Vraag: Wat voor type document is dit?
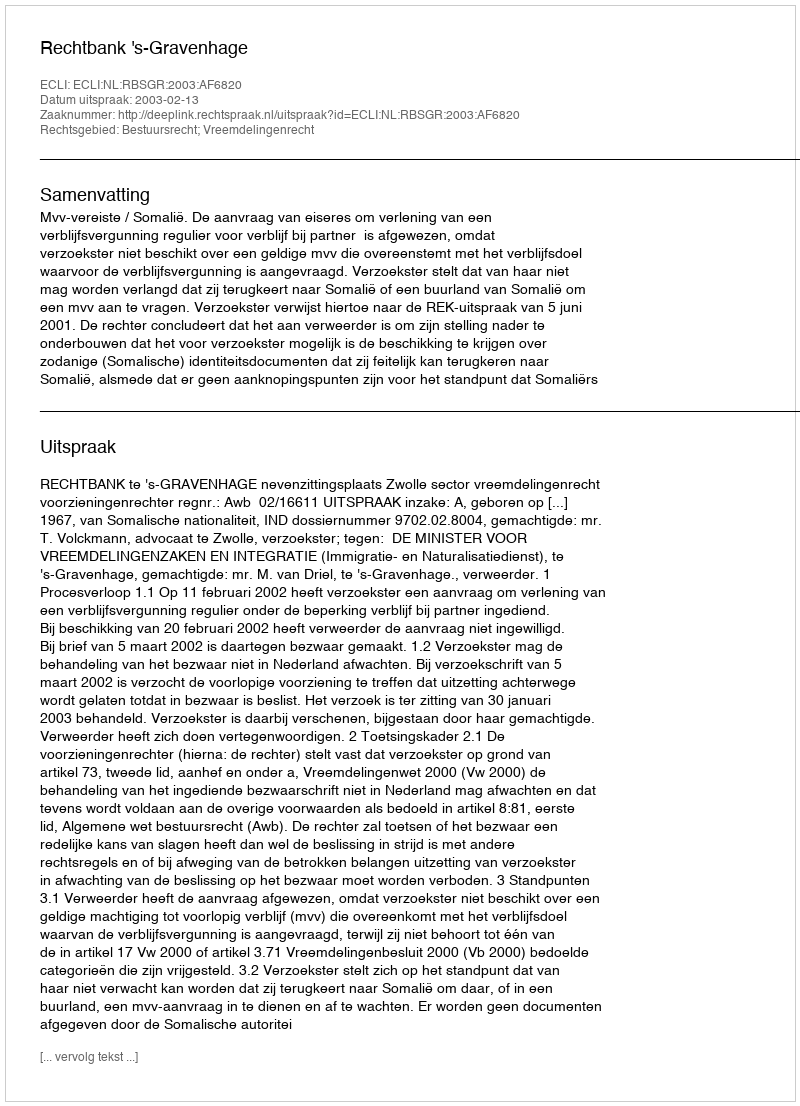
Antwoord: Uitspraak